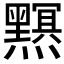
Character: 𤒭